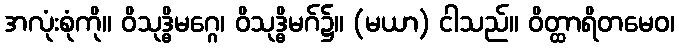
အလုံးစုံကို။ ဝိသုဒ္ဓိမဂ္ဂေ၊ ဝိသုဒ္ဓိမဂ်၌။ (မယာ) ငါသည်။ ဝိတ္ထာရိတမေဝ၊